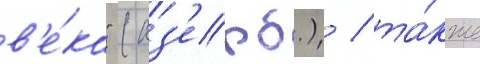
в'е́ка" (аз'ерб.) / та́кже